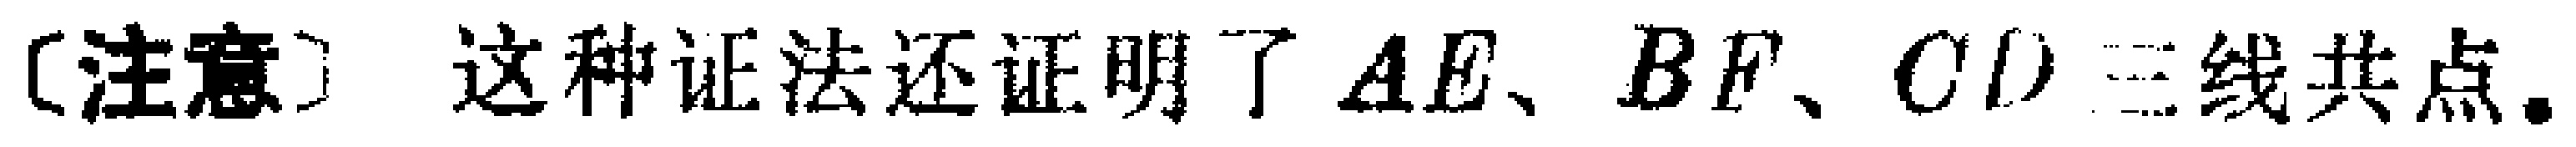
[注意] 这种证法还证明了 \(AE、BF、CD\) 三线共点。